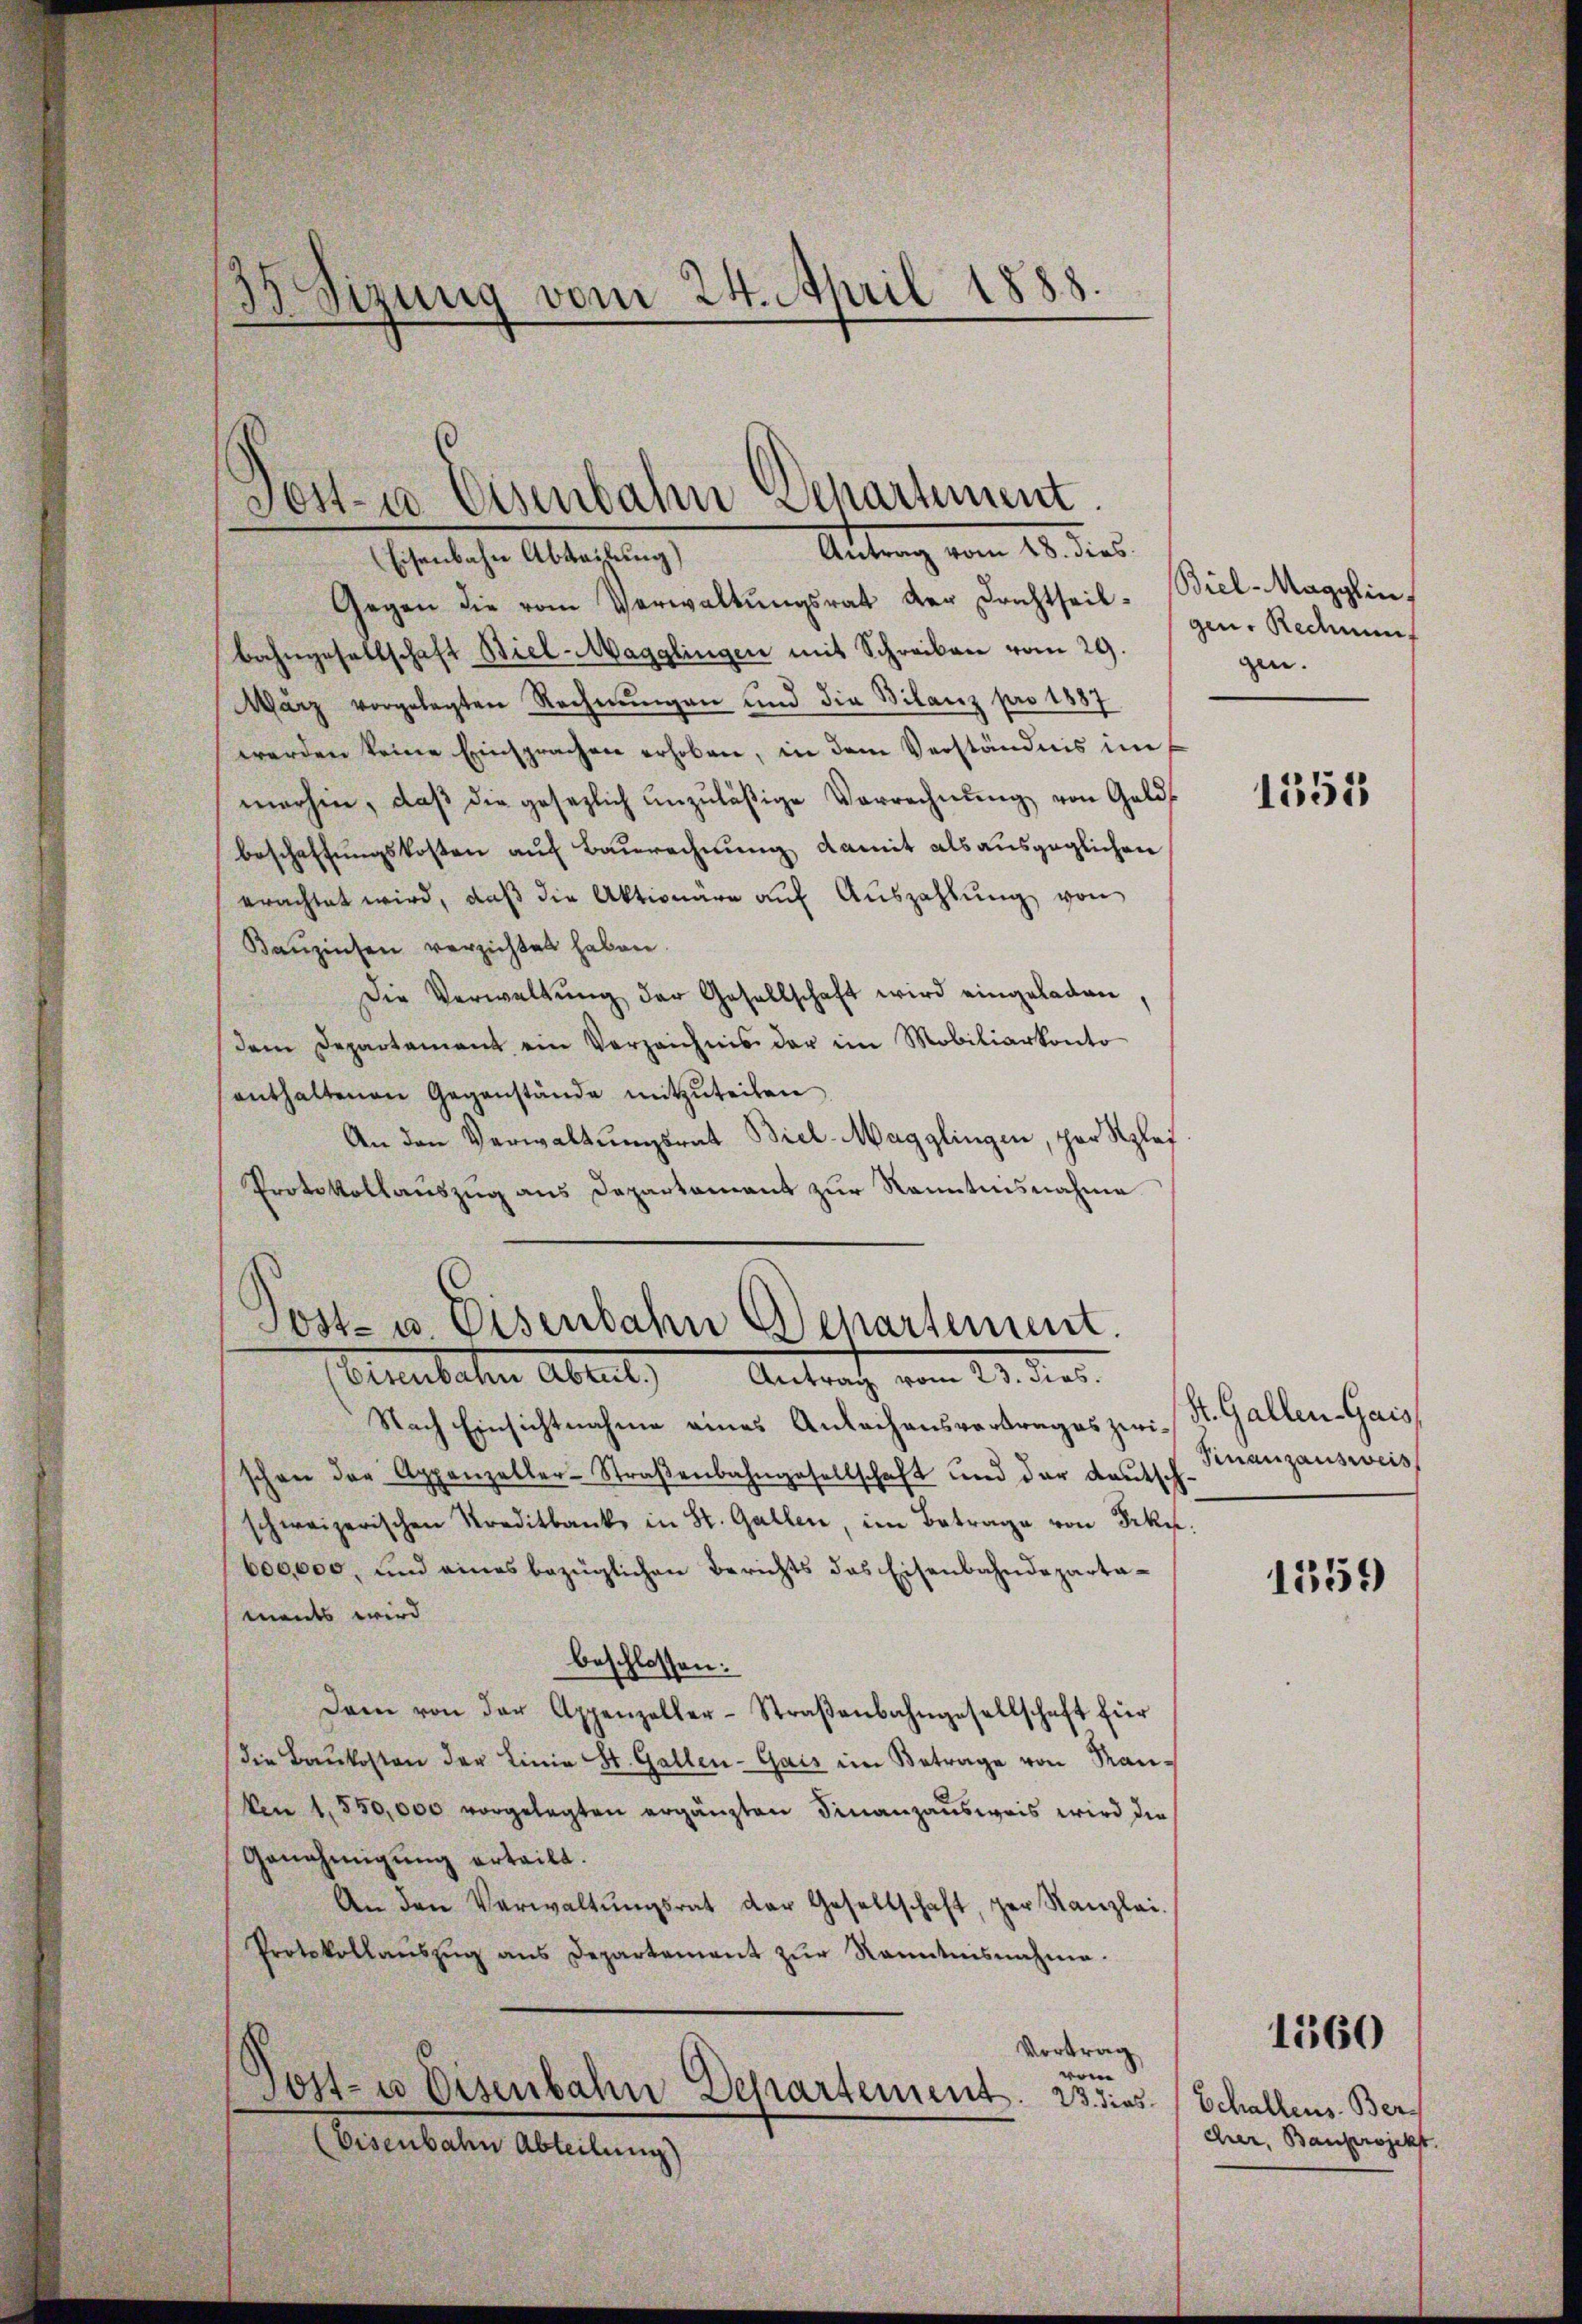
.
s
d. d.
Sizung vom 24. April 1888.

Dotten Eisenbahn Departement
Altung vom 18. des

Post- u Eisenbahn Departement
Gruentaten Abreits Antrach vom 29. dies

Eisenbahn Abteilung)
Gegen die vom Verwaltŭngsrat der Dachtheil- Biel-Magglin,
bahngesellschaft Biel-Magglingen mit Schreiben vom 29.
März vorgelegten Rechnŭngen und die Bilanz pro 1887
werden keine Einsprachen erhoben, in dem Verständnis im
merhin, daβ die gesezlich anzuläßige Vorrechnŭng von Gelds
beschaffungskosten auf Baurechnung damit als ausgeglichen
erachtet wird, daβ die Aktionäre aŭf Aŭszahlŭng von
Banzinsen verzichtet haben.
Die Verwaltŭng der Gesellschaft wird eingeladen,
dem Departament ein Verzeichnis der im Mobiliarkonto
enthaltenen Gegenstände mitzŭteilen
An den Verwaltungsrat Biel-Magglingen, par Rplaf
Protokollauszug aus Departament zur Kenntnisnahme
Nach Einsichtnahme eines Anlachensvortrages zwi- St. Gallen-Gais
schon der Appenzeller-Straβenbahngesellschaft und der Kautsch.
schweizerischen Kreditbanke in St. Gallen, im Betrage von Frkn.
600,000, und eines bezüglichen Berichts das Eisenbahndepartaments wird
beschlossen:
Dann von der Appenzeller-Straβenbahngesellschaft für
(die Baukosten der Linie St. Gallen-Gais im Betrage von Man¬
Von 1550,000 vorgelegten ergänzten Finanzausweis wird die
Genehmigung erteilt.
An den Verwaltŭngsrat der Gesellschaft, der Kanzlei-
Protokollaŭszŭg ans Departement zŭr Kenntnisnahme.
Vortrag
vom
Post- u Eisenbahn Departement. 23. dies (Schallens-Ber¬
Eisenbahn Abteilung)

gen. Redenf
gen.

1551

Finanzausweis

1359

ehren, Bauprojekt

1360